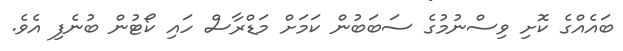
ބައެއްގެ ކޮށި ވިސްނުމުގެ ސަބަބުން ކަމަށް މަޑްރާސް ހައި ކޯޓުން ބުނެފި އެވެ.